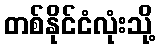
တစ်နိုင်ငံလုံးသို့